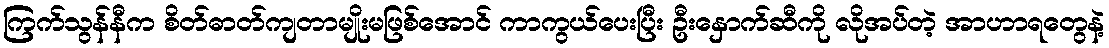
ကြက်သွန်နီက စိတ်ဓာတ်ကျတာမျိုးမဖြစ်အောင် ကာကွယ်ပေးပြီး ဦးနှောက်ဆီကို လိုအပ်တဲ့ အာဟာရတွေနဲ့